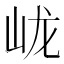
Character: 𱛓